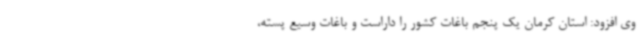
وی افزود: استان کرمان یک پنجم باغات کشور را داراست و باغات وسیع پسته،